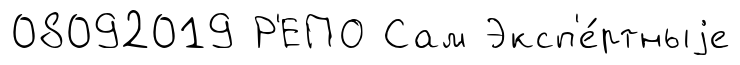
08092019 Р'ЕПО Сам Эксп'е́ртныjе